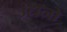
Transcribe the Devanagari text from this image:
उद्यनो